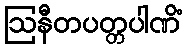
ဩနီတပတ္တပါဏိံ